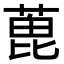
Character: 𦶃